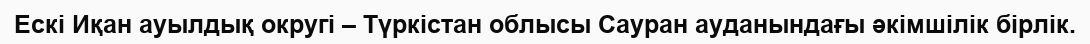
Ескі Иқан ауылдық округі – Түркістан облысы Сауран ауданындағы әкімшілік бірлік.